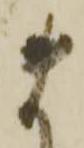
ま